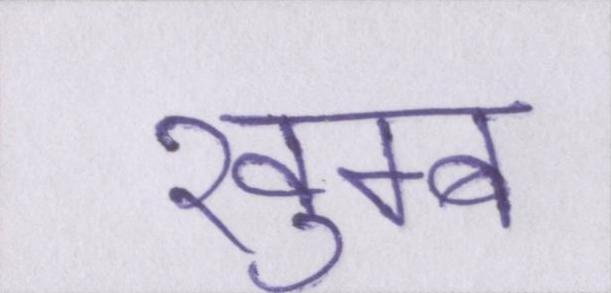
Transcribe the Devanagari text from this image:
खुम्ब